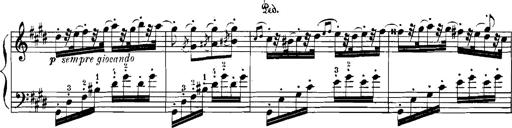
Title: Rhapsodies hongroises
Composer: Franz Liszt